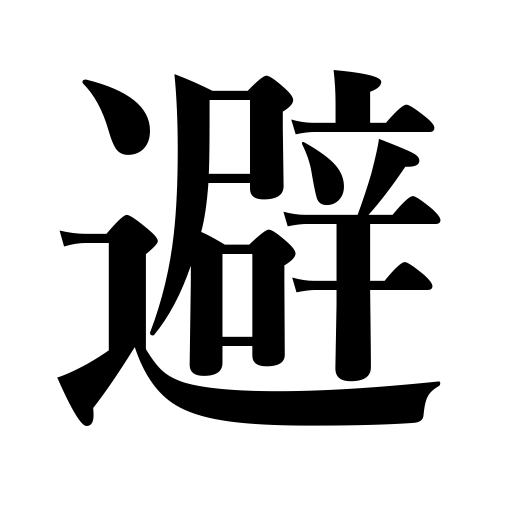
Meanings: avoid,shun,evade,avert,ward off,keep aloof from,shirk,stay away from